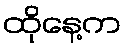
ထိုနေ့က